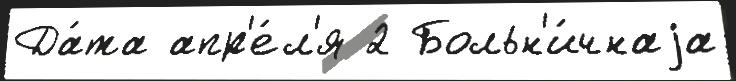
Да́та апр'е́л'я 2 Больн'и́чнаjа